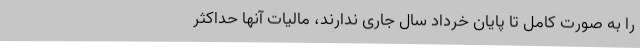
را به صورت کامل تا پایان خرداد سال جاری ندارند، مالیات آنها حداکثر